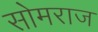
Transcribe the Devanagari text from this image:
सोमराज